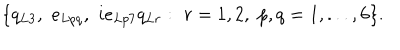
\{ q _ { L 3 } , \, \, e _ { L p q } , \, \, i e _ { L p 7 } q _ { L r } : \, \, r = 1 , 2 , \, \, p , q = 1 , . . . , 6 \} .